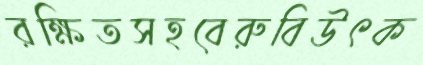
রক্ষিতসহবেরুবিউৎক